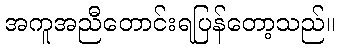
အကူအညီတောင်းရပြန်တော့သည်။